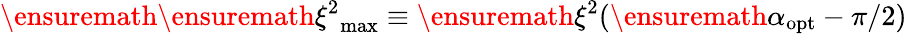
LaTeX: \ensuremath{\ensuremath{\xi^{2}}_{\mathrm{max}}}\equiv\ensuremath{\xi^{2}}(\ensuremath{\alpha_{\mathrm{opt}}}-\pi/2)